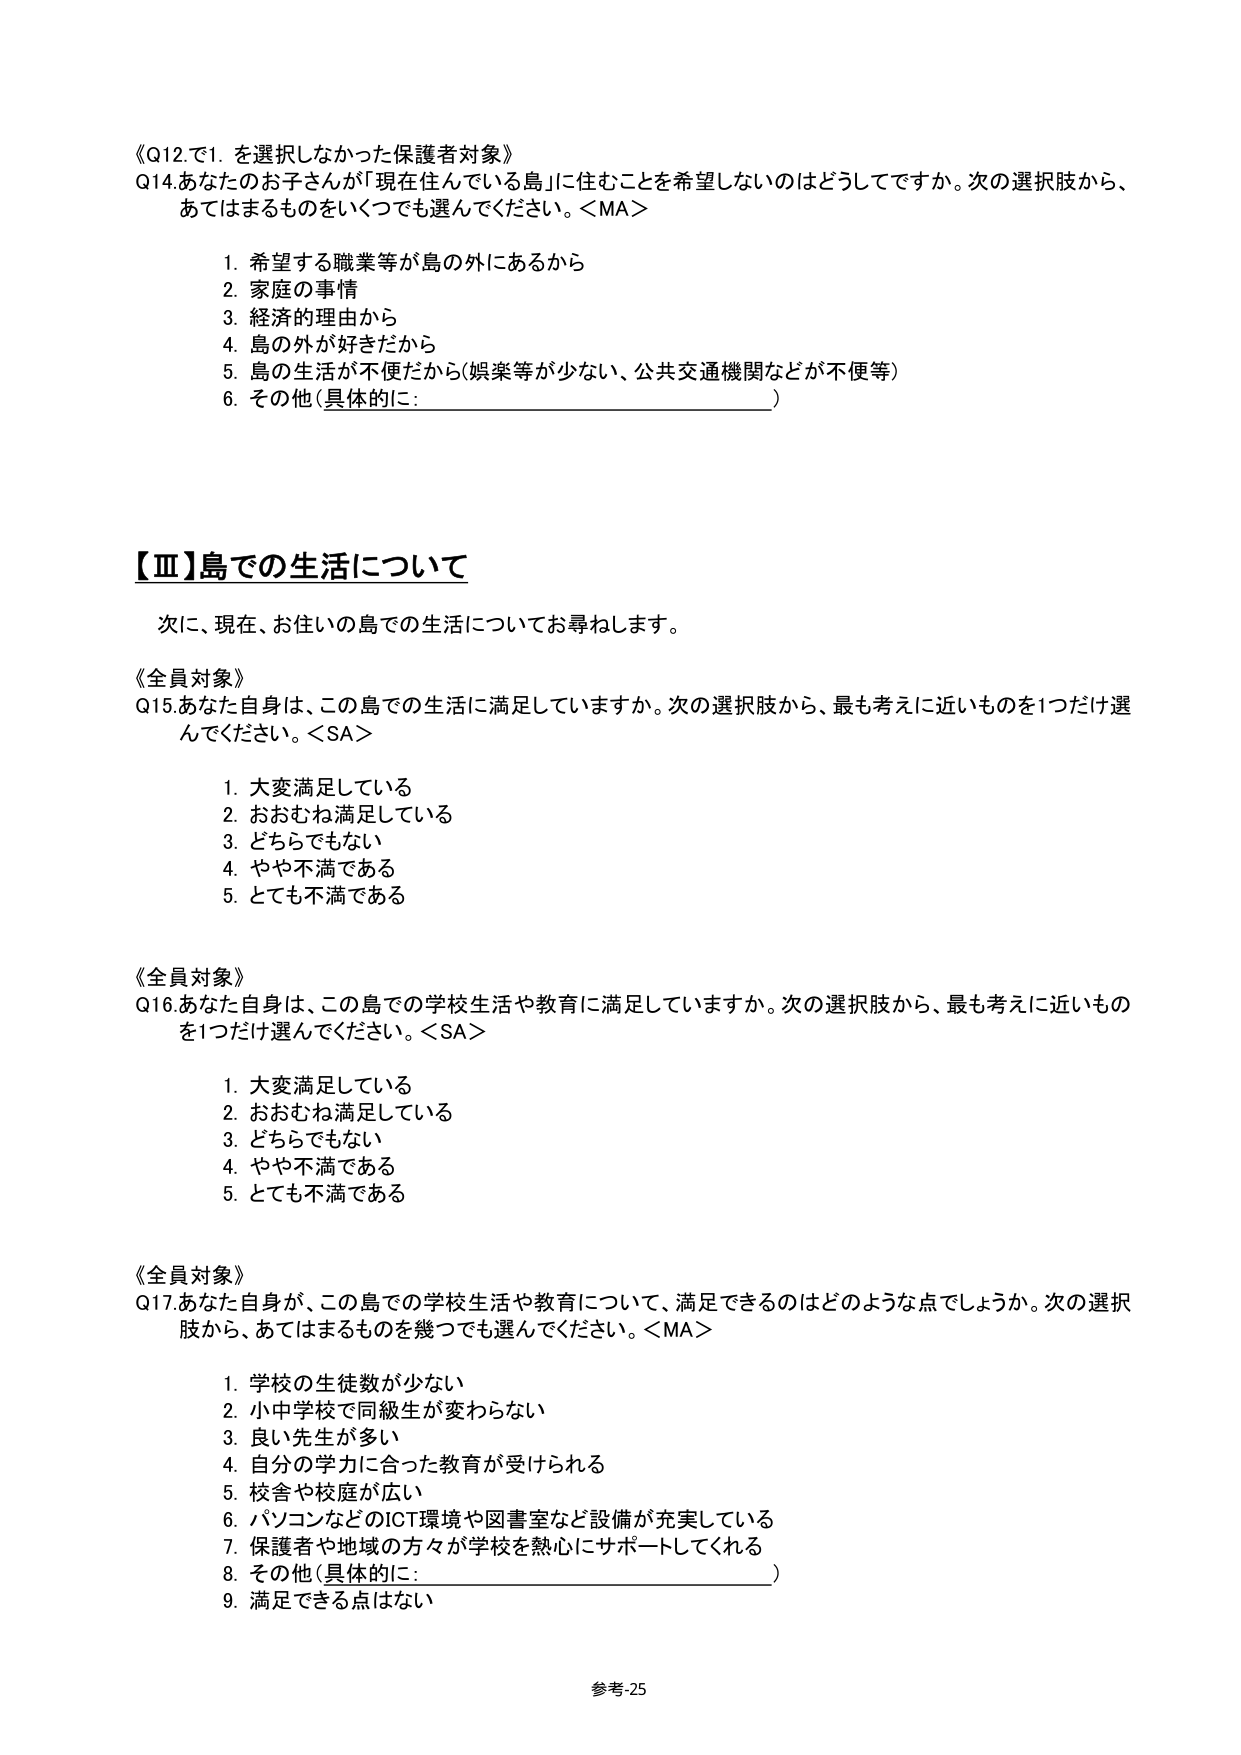
《Q12.で1. を選択しなかった保護者対象》
Q14.あなたの子どもさんが「現在住んでいる島」に住むことを希望しないのはどうしてですか。次の選択肢から、あてはまるものをいくつでも選んでください。＜MA＞
　1. 希望する職業等が島の外にあるから
　2. 家庭の事情
　3. 経済的理由から
　4. 島の外が好きだから
　5. 島の生活が不便だから（娯楽等が少ない、公共交通機関などが不便等）
　6. その他（具体的に：_________________________）

【Ⅲ】島での生活について
　次に、現在、お住いの島での生活についてお尋ねします。

《全員対象》
Q15.あなた自身は、この島での生活に満足していますか。次の選択肢から、最も考えに近いものを1つだけ選んでください。＜SA＞
　1. 大変満足している
　2. おおむね満足している
　3. どちらでもない
　4. やや不満である
　5. とても不満である

《全員対象》
Q16.あなた自身は、この島での学校生活や教育に満足していますか。次の選択肢から、最も考えに近いものを1つだけ選んでください。＜SA＞
　1. 大変満足している
　2. おおむね満足している
　3. どちらでもない
　4. やや不満である
　5. とても不満である

《全員対象》
Q17.あなた自身が、この島での学校生活や教育について、満足できるのはどのような点でしょうか。次の選択肢から、あてはまるものを幾つでも選んでください。＜MA＞
　1. 学校の生徒数が少ない
　2. 小中学校で同級生が変わらない
　3. 良い先生が多い
　4. 自分の学力に合った教育が受けられる
　5. 校舎や校庭が広い
　6. パソコンなどのICT環境や図書室など設備が充実している
　7. 保護者や地域の方々が学校を熱心にサポートしてくれる
　8. その他（具体的に：_________________________）
　9. 満足できる点はない

参考-25